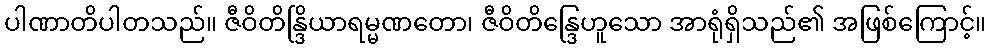
ပါဏာတိပါတသည်။ ဇီဝိတိန္ဒြိယာရမ္မဏတော၊ ဇီဝိတိန္ဒြေဟူသော အာရုံရှိသည်၏ အဖြစ်ကြောင့်။